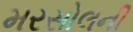
મરસોલની